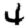
Digit: 4